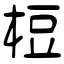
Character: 梪